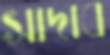
সাদাব